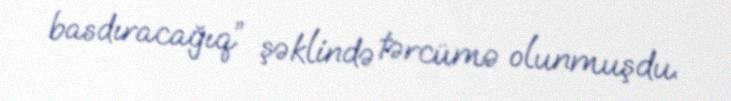
basdıracağıq” şəklində tərcümə olunmuşdu.